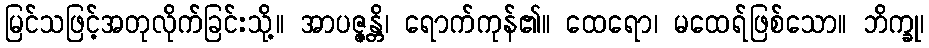
မြင်သဖြင့်အတုလိုက်ခြင်းသို့။ အာပဇ္ဇန္တိ၊ ရောက်ကုန်၏။ ထေရော၊ မထေရ်ဖြစ်သော။ ဘိက္ခု၊